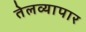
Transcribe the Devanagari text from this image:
तेलव्यापार